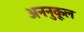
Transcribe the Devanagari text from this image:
अननुकूल